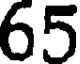
65